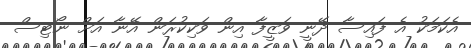
އެކަމަކު އެ ފައިސާ ދޭނީ ވަޒީފާ އިން ވަކިކުރަން އޭނާ އަށް ނޯޓިސް